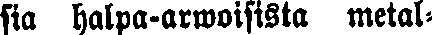
sia halpa-arwoisista metal-